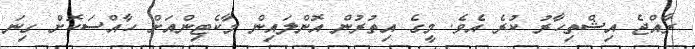
ރާއްޖެ އިޝްތިހާރު ކުރެ އެވެ. މީގެ އިތުރުން އޮންލައިން މާކެޓިންއަށް ހާއްސަކޮށް ގިނަ